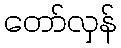
တော်လှန်